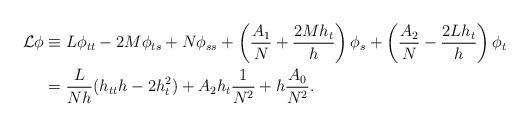
LaTeX: \begin{align*}\mathcal L\phi &\equiv L\phi_{tt} -2M\phi_{ts}+N\phi_{s s} +\left(\frac{A_{1}}N+\frac{2Mh_t}{h}\right)\phi_s+\left(\frac {A_{2}}N-\frac{2Lh_t}h\right)\phi_t\\&=\frac L{Nh}(h_{t t}h-2h^2_t)+A_{2}h_t\frac1{N^2}+h\frac{A_0}{N^2}.\end{align*}